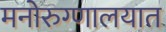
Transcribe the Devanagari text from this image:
मनोरुग्णालयात